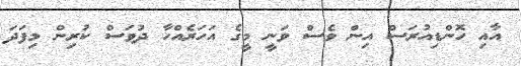
އާއި ހޮންޑިއުރަސް އިން ވެސް ވަނީ މީގެ އަހަރެއްހާ ދުވަސް ކުރިން މިފަދަ